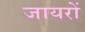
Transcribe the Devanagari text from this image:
जायरों